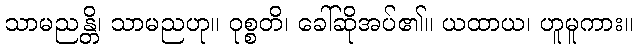
သာမညန္တိ၊ သာမညဟု။ ဝုစ္စတိ၊ ခေါ်ဆိုအပ်၏။ ယထာယ၊ ဟူမူကား။